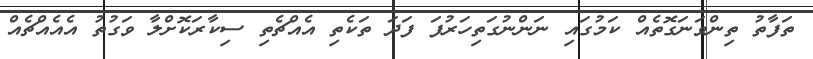
ތަފާތު ތިންވަނަގޮތެއް ކަމުގައި ނަންނުގަތިހަރުފަ ފަދަ ތަކެތި އެއްޗެތި ސިކާރަކޮށްލާ ވަގުތު އެއެއްޗެއް